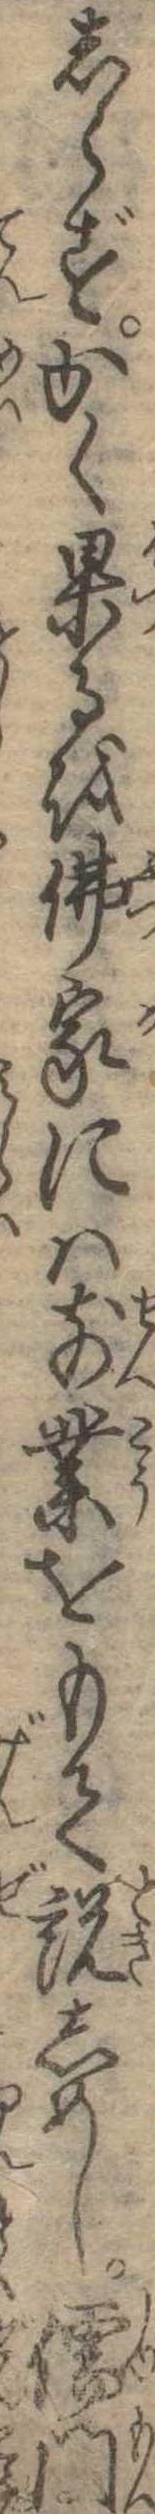
しらずかく果るを仏家には前業をもて説しめし儒門